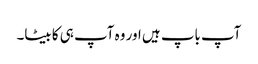
آپ باپ ہیں اور وہ آپ ہی کا بیٹا۔